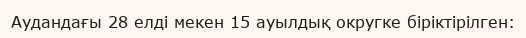
Аудандағы 28 елді мекен 15 ауылдық округке біріктірілген: